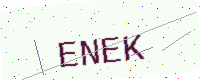
Text: ENEK